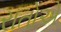
રાતોએ